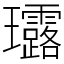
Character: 𤫢